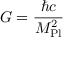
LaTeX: G = { \frac { \hbar c } { M _ { \mathrm { P l } } ^ { 2 } } }